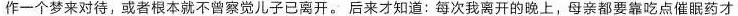
作一个梦来对待，或者根本就不曾察觉儿子已离开。后来才知道：每次我离开的晚上，母亲都要靠吃点催眠药才